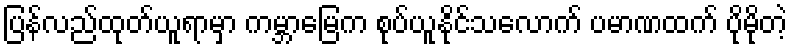
ပြန်လည်ထုတ်ယူရာမှာ ကမ္ဘာမြေက စုပ်ယူနိုင်သလောက် ပမာဏထက် ပိုမိုတဲ့